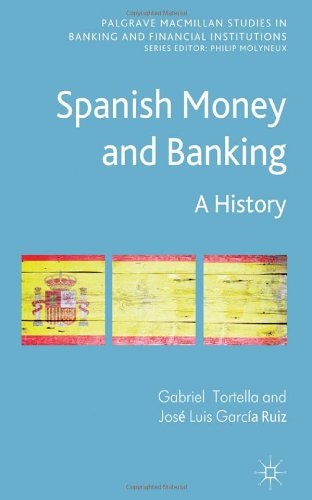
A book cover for Spanish Money and Banking: A History (Palgrave Macmillan Studies in Banking and Financial Institutions); Gabriel Tortella; Business & Money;